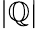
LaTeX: |\mathbb{Q}|